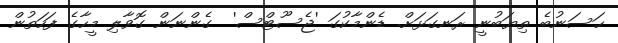
ޙަސަނުބެ ތިޔަބުނީ ރަނގަޅަށް. ޑެންމާކުގަ 'ޖެސޫޓްސް'  ގެންނަން ގޮވާލި މީހާގެ ފަހަތުން